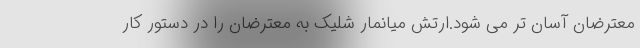
معترضان آسان تر می شود.ارتش میانمار شلیک به معترضان را در دستور کار